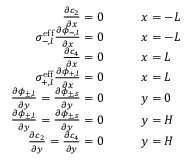
\begin{array} { r l } { \frac { \partial c _ { 2 } } { \partial x } = 0 \qquad } & { x = - L } \\ { \sigma _ { - , l } ^ { \mathrm { e f f } } \frac { \partial \phi _ { - , l } } { \partial x } = 0 \qquad } & { x = - L } \\ { \frac { \partial c _ { 4 } } { \partial x } = 0 \qquad } & { x = L } \\ { \sigma _ { + , l } ^ { \mathrm { e f f } } \frac { \partial \phi _ { + , l } } { \partial x } = 0 \qquad } & { x = L } \\ { \frac { \partial \phi _ { \pm , l } } { \partial y } = \frac { \partial \phi _ { \pm , s } } { \partial y } = 0 \qquad } & { y = 0 } \\ { \frac { \partial \phi _ { \pm , l } } { \partial y } = \frac { \partial \phi _ { \pm , s } } { \partial y } = 0 \qquad } & { y = H } \\ { \frac { \partial c _ { 2 } } { \partial y } = \frac { \partial c _ { 4 } } { \partial y } = 0 \qquad } & { y = H } \end{array}